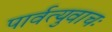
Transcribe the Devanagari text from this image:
पार्वत्युवाचः